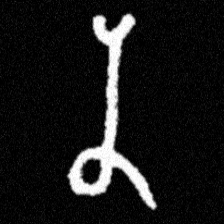
Pyu character \u2014 Myanmar letter: န (romanized: na)